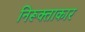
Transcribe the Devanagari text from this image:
निरूक्ताकार